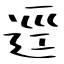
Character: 逕